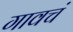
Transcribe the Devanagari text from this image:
गावचं